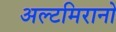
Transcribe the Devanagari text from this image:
अल्टमिरानो